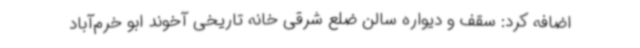
اضافه کرد: سقف و دیواره سالن ضلع شرقی خانه تاریخی آخوند ابو خرم‌آباد